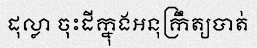
ដុល្លា ចុះដីក្នុងអនុក្រឹត្យបាត់